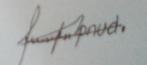
Signature authenticity: forged